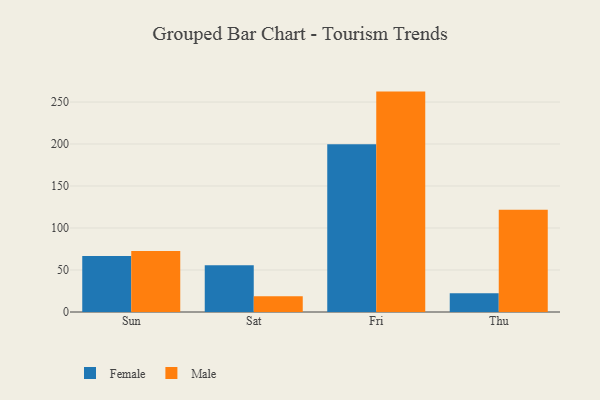
{"axis": {"x": "Day", "y": "Backlog"}, "legend": ["Female", "Male"], "data": [{"x": "Sun", "y": 66.8, "type": "Female"}, {"x": "Sun", "y": 72.6, "type": "Male"}, {"x": "Sat", "y": 55.6, "type": "Female"}, {"x": "Sat", "y": 18.9, "type": "Male"}, {"x": "Fri", "y": 199.7, "type": "Female"}, {"x": "Fri", "y": 262.4, "type": "Male"}, {"x": "Thu", "y": 22.2, "type": "Female"}, {"x": "Thu", "y": 121.8, "type": "Male"}]}